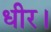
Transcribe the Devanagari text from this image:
धीर।